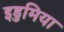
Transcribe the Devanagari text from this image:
इडुमिया